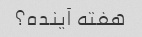
هفته آینده؟